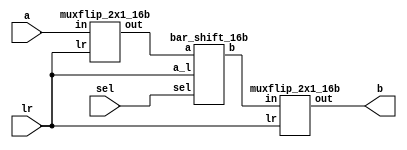
module bar_shift_lr_16b (a, sel, lr, b);

    input [15:0] a;                             //Input
    input [3:0] sel;                            //shift amount
    input [1:0]lr;                              //sh op from flowchart
    output [15:0] b;                            //Output

    wire [15:0] w1, w2;

    muxflip_2x1_16b switch (a, lr, w1);
    bar_shift_16b shift (w1, sel, w2, lr);
    muxflip_2x1_16b restore (w2, lr, b);

endmodule

module bar_shift_16b (a, sel, b, a_l);

    input [15:0] a;
    input [3:0] sel;
    input [1:0] a_l;
    output [15:0] b;    

    wire [15:0] x, y, z;
    wire bit_a = &a_l ? a[15] : 1'b0;
    wire bit_x = &a_l ? x[15] : 1'b0;
    wire bit_y = &a_l ? y[15] : 1'b0;
    wire bit_z = &a_l ? z[15] : 1'b0;
    
    mux_2x1_1b o3_0 (a[0], a[8], sel[3], x[0]); 
    mux_2x1_1b o3_1 (a[1], a[9], sel[3], x[1]); 
    mux_2x1_1b o3_2 (a[2], a[10], sel[3], x[2]); 
    mux_2x1_1b o3_3 (a[3], a[11], sel[3], x[3]); 
    mux_2x1_1b o3_4 (a[4], a[12], sel[3], x[4]); 
    mux_2x1_1b o3_5 (a[5], a[13], sel[3], x[5]); 
    mux_2x1_1b o3_6 (a[6], a[14], sel[3], x[6]); 
    mux_2x1_1b o3_7 (a[7], a[15], sel[3], x[7]); 
    mux_2x1_1b o3_8 (a[8], bit_a, sel[3], x[8]); 
    mux_2x1_1b o3_9 (a[9], bit_a, sel[3], x[9]); 
    mux_2x1_1b o3_10 (a[10], bit_a, sel[3], x[10]); 
    mux_2x1_1b o3_11 (a[11], bit_a, sel[3], x[11]); 
    mux_2x1_1b o3_12 (a[12], bit_a, sel[3], x[12]); 
    mux_2x1_1b o3_13 (a[13], bit_a, sel[3], x[13]); 
    mux_2x1_1b o3_14 (a[14], bit_a, sel[3], x[14]); 
    mux_2x1_1b o3_15 (a[15], bit_a, sel[3], x[15]); 

    mux_2x1_1b o2_0 (x[0], x[4], sel[2], y[0]); 
    mux_2x1_1b o2_1 (x[1], x[5], sel[2], y[1]); 
    mux_2x1_1b o2_2 (x[2], x[6], sel[2], y[2]); 
    mux_2x1_1b o2_3 (x[3], x[7], sel[2], y[3]); 
    mux_2x1_1b o2_4 (x[4], x[8], sel[2], y[4]); 
    mux_2x1_1b o2_5 (x[5], x[9], sel[2], y[5]); 
    mux_2x1_1b o2_6 (x[6], x[10], sel[2], y[6]); 
    mux_2x1_1b o2_7 (x[7], x[11], sel[2], y[7]); 
    mux_2x1_1b o2_8 (x[8], x[12], sel[2], y[8]); 
    mux_2x1_1b o2_9 (x[9], x[13], sel[2], y[9]); 
    mux_2x1_1b o2_10 (x[10], x[14], sel[2], y[10]); 
    mux_2x1_1b o2_11 (x[11], x[15], sel[2], y[11]); 
    mux_2x1_1b o2_12 (x[12], bit_x, sel[2], y[12]); 
    mux_2x1_1b o2_13 (x[13], bit_x, sel[2], y[13]); 
    mux_2x1_1b o2_14 (x[14], bit_x, sel[2], y[14]); 
    mux_2x1_1b o2_15 (x[15], bit_x, sel[2], y[15]); 

    mux_2x1_1b o1_0 (y[0], y[2], sel[1], z[0]); 
    mux_2x1_1b o1_1 (y[1], y[3], sel[1], z[1]); 
    mux_2x1_1b o1_2 (y[2], y[4], sel[1], z[2]); 
    mux_2x1_1b o1_3 (y[3], y[5], sel[1], z[3]); 
    mux_2x1_1b o1_4 (y[4], y[6], sel[1], z[4]); 
    mux_2x1_1b o1_5 (y[5], y[7], sel[1], z[5]); 
    mux_2x1_1b o1_6 (y[6], y[8], sel[1], z[6]); 
    mux_2x1_1b o1_7 (y[7], y[9], sel[1], z[7]); 
    mux_2x1_1b o1_8 (y[8], y[10], sel[1], z[8]); 
    mux_2x1_1b o1_9 (y[9], y[11], sel[1], z[9]); 
    mux_2x1_1b o1_10 (y[10], y[12], sel[1], z[10]); 
    mux_2x1_1b o1_11 (y[11], y[13], sel[1], z[11]); 
    mux_2x1_1b o1_12 (y[12], y[14], sel[1], z[12]); 
    mux_2x1_1b o1_13 (y[13], y[15], sel[1], z[13]); 
    mux_2x1_1b o1_14 (y[14], bit_y, sel[1], z[14]); 
    mux_2x1_1b o1_15 (y[15], bit_y, sel[1], z[15]); 

    mux_2x1_1b o0_0 (z[0], z[1], sel[0], b[0]); 
    mux_2x1_1b o0_1 (z[1], z[2], sel[0], b[1]); 
    mux_2x1_1b o0_2 (z[2], z[3], sel[0], b[2]); 
    mux_2x1_1b o0_3 (z[3], z[4], sel[0], b[3]); 
    mux_2x1_1b o0_4 (z[4], z[5], sel[0], b[4]); 
    mux_2x1_1b o0_5 (z[5], z[6], sel[0], b[5]); 
    mux_2x1_1b o0_6 (z[6], z[7], sel[0], b[6]); 
    mux_2x1_1b o0_7 (z[7], z[8], sel[0], b[7]); 
    mux_2x1_1b o0_8 (z[8], z[9], sel[0], b[8]); 
    mux_2x1_1b o0_9 (z[9], z[10], sel[0], b[9]); 
    mux_2x1_1b o0_10 (z[10], z[11], sel[0], b[10]); 
    mux_2x1_1b o0_11 (z[11], z[12], sel[0], b[11]); 
    mux_2x1_1b o0_12 (z[12], z[13], sel[0], b[12]); 
    mux_2x1_1b o0_13 (z[13], z[14], sel[0], b[13]); 
    mux_2x1_1b o0_14 (z[14], z[15], sel[0], b[14]); 
    mux_2x1_1b o0_15 (z[15], bit_z, sel[0], b[15]); 

endmodule


module mux_2x1_1b (a, b, sel, out);

    input a, b;
    input sel;
    output out;
    
    assign out = sel ? b : a;

endmodule

module muxflip_2x1_16b (in, lr, out);

    input [15:0] in;
    input [1:0]lr;                           //right shift for barrel shifter when lr is 0
    output [15:0] out;

    mux_2x1_1b m0 (in[0], in[15], ~lr[1], out[0]);
    mux_2x1_1b m1 (in[1], in[14], ~lr[1], out[1]);
    mux_2x1_1b m2 (in[2], in[13], ~lr[1], out[2]);
    mux_2x1_1b m3 (in[3], in[12], ~lr[1], out[3]);
    mux_2x1_1b m4 (in[4], in[11], ~lr[1], out[4]);
    mux_2x1_1b m5 (in[5], in[10], ~lr[1], out[5]);
    mux_2x1_1b m6 (in[6], in[9], ~lr[1], out[6]);
    mux_2x1_1b m7 (in[7], in[8], ~lr[1], out[7]);
    mux_2x1_1b m8 (in[8], in[7], ~lr[1], out[8]);
    mux_2x1_1b m9 (in[9], in[6], ~lr[1], out[9]);
    mux_2x1_1b m10 (in[10], in[5], ~lr[1], out[10]);
    mux_2x1_1b m11 (in[11], in[4], ~lr[1], out[11]);
    mux_2x1_1b m12 (in[12], in[3], ~lr[1], out[12]);
    mux_2x1_1b m13 (in[13], in[2], ~lr[1], out[13]);
    mux_2x1_1b m14 (in[14], in[1], ~lr[1], out[14]);
    mux_2x1_1b m15 (in[15], in[0], ~lr[1], out[15]);

endmodule